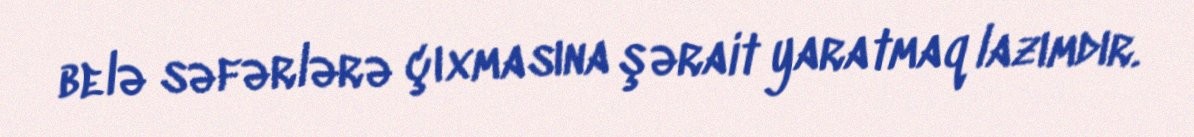
belə səfərlərə çıxmasına şərait yaratmaq lazımdır.